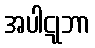
အပါဋုဘာ